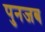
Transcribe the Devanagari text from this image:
पुनजब